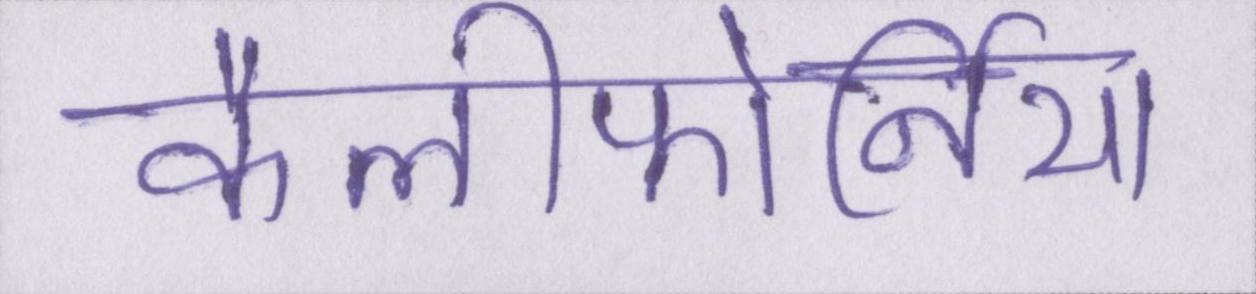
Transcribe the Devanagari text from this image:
कैलीफोर्निया